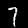
Digit: 7